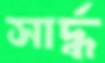
সার্দ্ধ